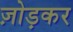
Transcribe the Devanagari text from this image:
ज़ोड़कर